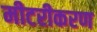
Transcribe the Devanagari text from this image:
मीटरीकरण